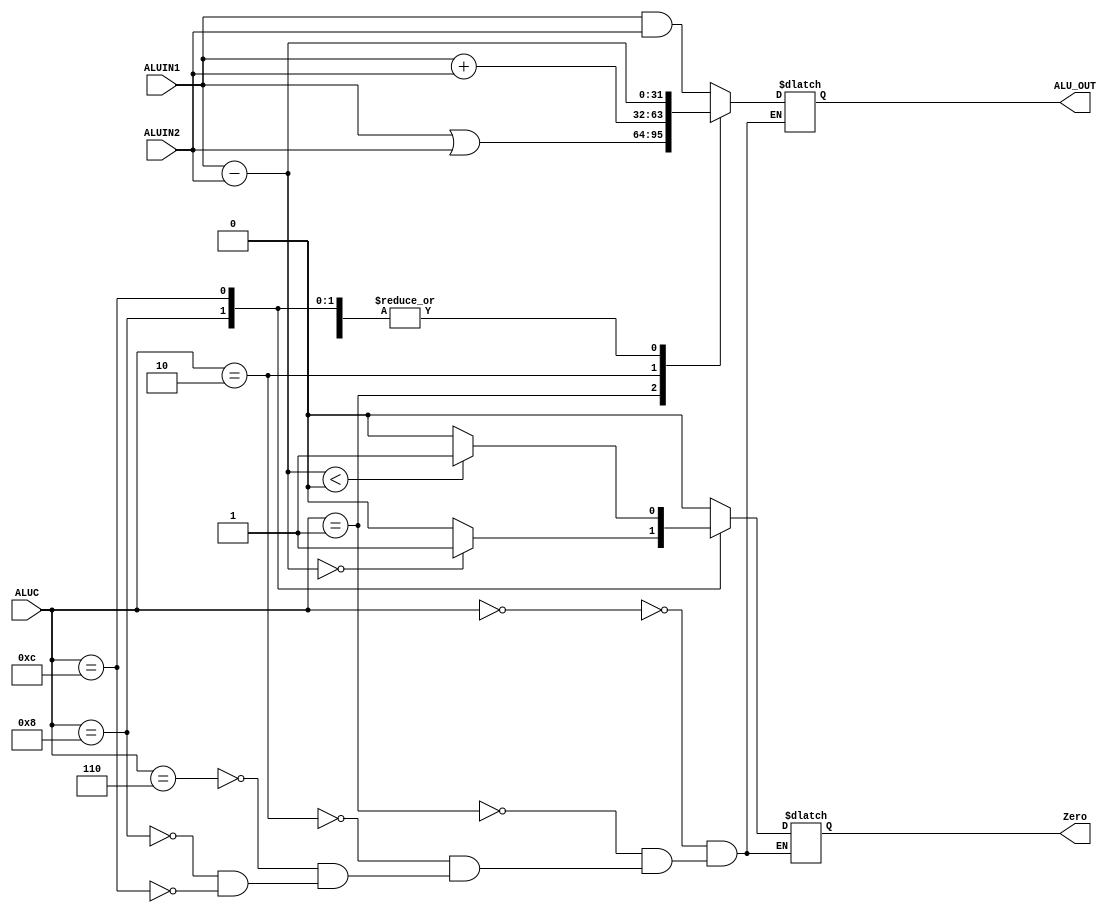
module ALU(ALUIN1, ALUIN2, ALUC, ALU_OUT, Zero);
    input [31:0] ALUIN1;
    input [31:0] ALUIN2;
    input [3:0] ALUC;
    output reg Zero;
    output reg [31:0] ALU_OUT;


    always @(*) begin
        case(ALUC)
            4'b0000:
            begin
                Zero = 0;
                ALU_OUT = ALUIN1 & ALUIN2;
            end
            4'b0001:begin
                Zero = 0;
                ALU_OUT = ALUIN1 | ALUIN2;
            end
            4'b0010:begin
                Zero = 0;
                ALU_OUT = ALUIN1 + ALUIN2;
            end
            4'b0110:begin
                Zero = 0;
                ALU_OUT = ALUIN1 - ALUIN2;
            end
            4'b1000:
            begin
                $display("%b - %b", ALUIN1, ALUIN2);
                ALU_OUT = ALUIN1 - ALUIN2;
                if (ALU_OUT == 0) Zero = 1;
                else Zero = 0;
            end
            
            4'b1100: begin
                ALU_OUT = ALUIN1 - ALUIN2;
                $display("%b - %b", ALUIN1, ALUIN2);
                if (ALU_OUT < 0) Zero = 1;
                else Zero = 0;
            end
        endcase
    end

    
endmodule